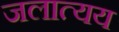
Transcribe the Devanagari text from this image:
जलात्यय